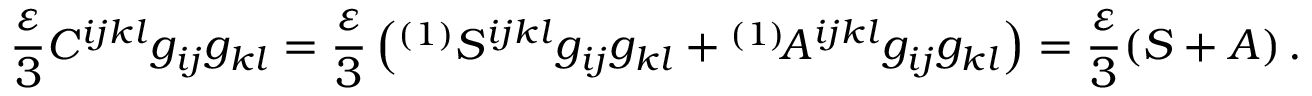
\frac { \varepsilon } 3 C ^ { i j k l } g _ { i j } g _ { k l } = \frac { \varepsilon } 3 \left( { } ^ { ( 1 ) } S ^ { i j k l } g _ { i j } g _ { k l } + { } ^ { ( 1 ) } \! A ^ { i j k l } g _ { i j } g _ { k l } \right) = \frac { \varepsilon } 3 ( S + A ) \, .